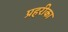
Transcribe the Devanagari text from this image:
प्रहरीका